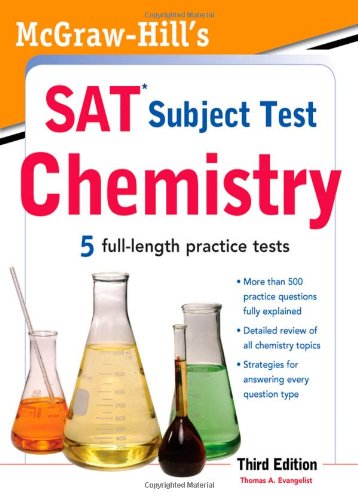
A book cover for McGraw-Hill's SAT Subject Test Chemistry, 3rd Edition (McGraw-Hill's SAT Chemistry); Thomas Evangelist; Test Preparation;